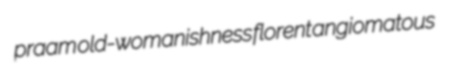
praam old-womanishness florent angiomatous